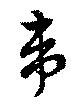
韋